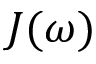
J ( \omega )